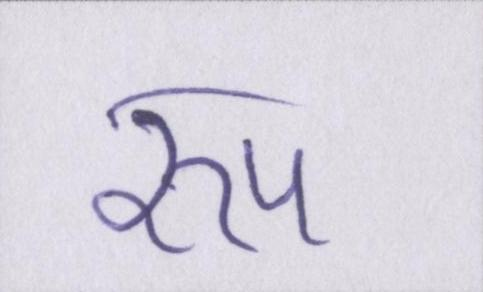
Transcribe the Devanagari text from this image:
रुप